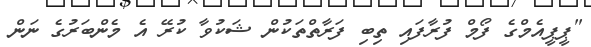
"ޕީޕީއެމްގެ ފޯމް ފުރާފައި ތިބި ފަރާތްތަކުން ޝަކުވާ ކުރޭ އެ މެންބަރުގެ ނަން